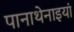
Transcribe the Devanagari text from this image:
पानाथेनाइयां